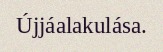
Újjáalakulása.